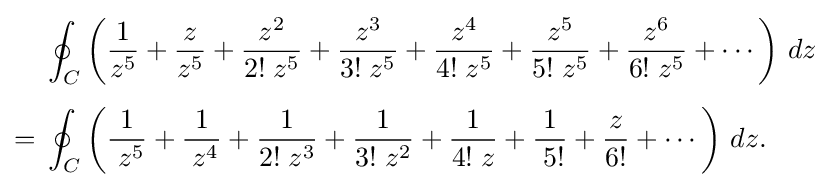
{\begin{aligned}&\oint _{C}\left({1 \over z^{5}}+{z \over z^{5}}+{z^{2} \over 2!\;z^{5}}+{z^{3} \over 3!\;z^{5}}+{z^{4} \over 4!\;z^{5}}+{z^{5} \over 5!\;z^{5}}+{z^{6} \over 6!\;z^{5}}+\cdots \right)\,dz\\[4pt]={}&\oint _{C}\left({1 \over \;z^{5}}+{1 \over \;z^{4}}+{1 \over 2!\;z^{3}}+{1 \over 3!\;z^{2}}+{1 \over 4!\;z}+{1 \over \;5!}+{z \over 6!}+\cdots \right)\,dz.\end{aligned}}